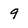
Character: 9